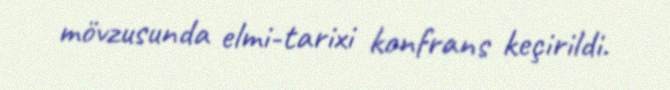
mövzusunda elmi-tarixi konfrans keçirildi.